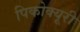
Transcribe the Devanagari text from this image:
पिकोक्यूरी